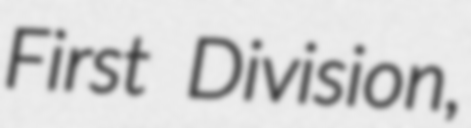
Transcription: First Division,